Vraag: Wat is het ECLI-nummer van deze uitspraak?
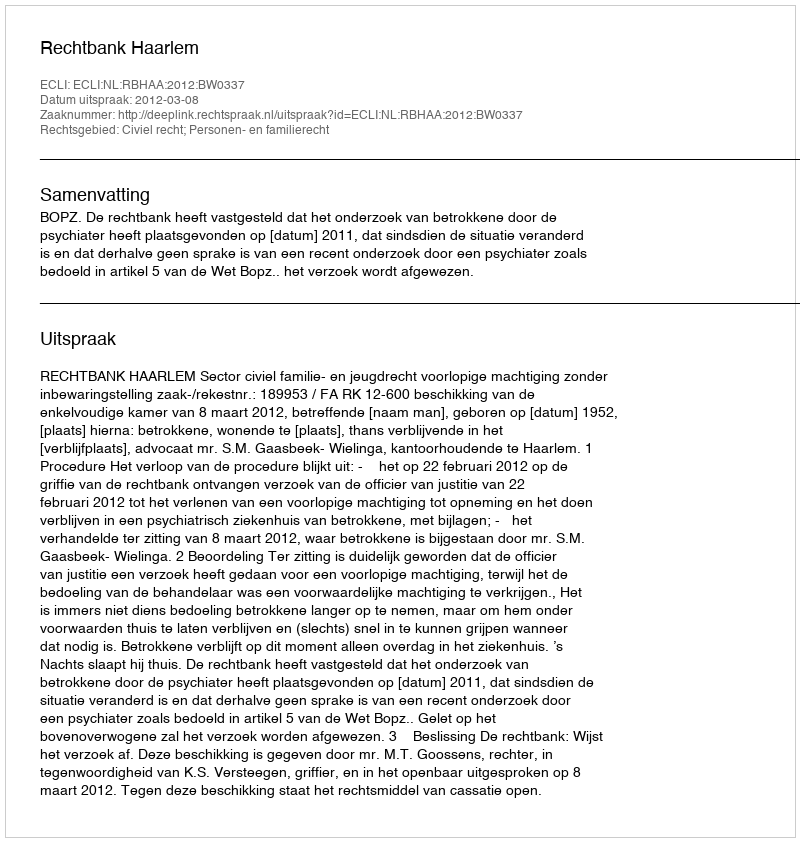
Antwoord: ECLI:NL:RBHAA:2012:BW0337